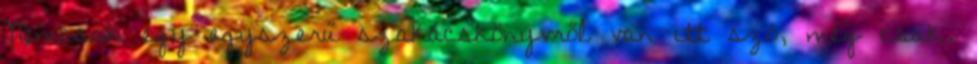
Nemcsak egy egyszerű szakácskönyvről van itt szó, még csak.